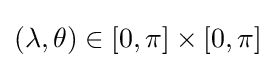
(\lambda ,\theta )\in [0,\pi ]\times [0,\pi ]